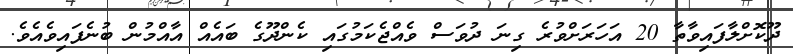
ދޫކޮށްލާފައިވާތާ 20 އަހަރަށްވުރެ ގިނަ ދުވަސް ވެއްޖެކަމުގައި ކެންދޫގެ ބައެއް އާއްމުން ބުނެފައިވެއެވެ.